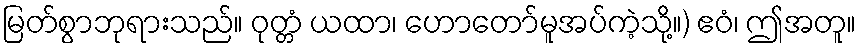
မြတ်စွာဘုရားသည်။ ဝုတ္တံ ယထာ၊ ဟောတော်မူအပ်ကဲ့သို့။) ဧဝံ၊ ဤအတူ။